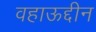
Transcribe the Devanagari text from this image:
वहाऊद्दीन